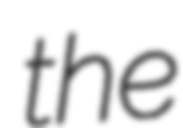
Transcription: the